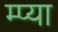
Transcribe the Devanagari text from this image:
म्प्या